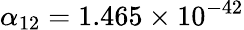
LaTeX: \alpha_{12}=1.465\times 10^{-42}